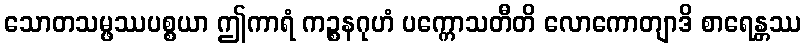
သောတသမ္ဖဿပစ္စယာ ဤကာရံ ကဉ္စနဂုဟံ ပက္ကောသတီတိ လောကောတျာဒိ စာရေန္တဿ